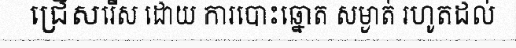
ជ្រើសរើស ដោយ ការបោះឆ្នោត សម្ងាត់ រហូតដល់